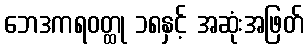
ဘေဒကရဝတ္ထု ၁၈နှင့် အဆုံးအဖြတ်